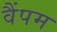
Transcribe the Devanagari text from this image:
वैंपम